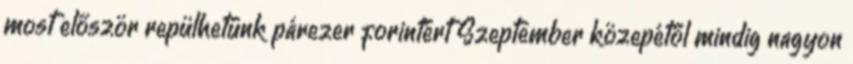
most először repülhetünk párezer forintért Szeptember közepétől mindig nagyon